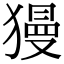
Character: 獌